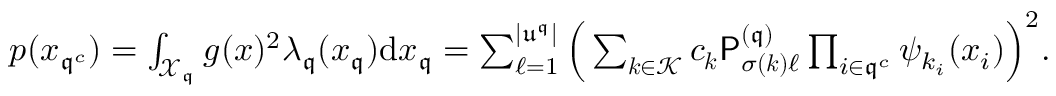
\begin{array} { r } { p ( { \boldsymbol x } _ { { \mathfrak { q } } ^ { c } } ) = \int _ { \mathcal { X } _ { \mathfrak { q } } } g ( { \boldsymbol x } ) ^ { 2 } \lambda _ { \mathfrak { q } } ( { \boldsymbol x } _ { \mathfrak { q } } ) { \mathrm { d } } { \boldsymbol x } _ { \mathfrak { q } } = \sum _ { \ell = 1 } ^ { | \mathfrak { u } ^ { \mathfrak { q } } | } \Big ( \sum _ { { \boldsymbol k } \in \mathcal { K } } c _ { { \boldsymbol k } } \mathsf { P } _ { \sigma ( { \boldsymbol k } ) \ell } ^ { ( { \mathfrak { q } } ) } \prod _ { i \in { \mathfrak { q } } ^ { c } } \psi _ { k _ { i } } ( x _ { i } ) \Big ) ^ { 2 } . } \end{array}